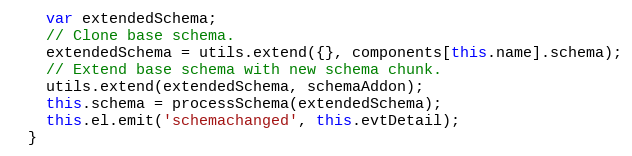
Language: JavaScript
    var extendedSchema;
    // Clone base schema.
    extendedSchema = utils.extend({}, components[this.name].schema);
    // Extend base schema with new schema chunk.
    utils.extend(extendedSchema, schemaAddon);
    this.schema = processSchema(extendedSchema);
    this.el.emit('schemachanged', this.evtDetail);
  }